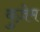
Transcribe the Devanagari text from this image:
वुज़ेम